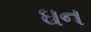
ઘન